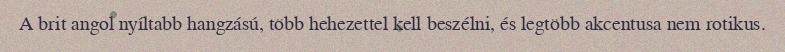
A brit angol nyíltabb hangzású, több hehezettel kell beszélni, és legtöbb akcentusa nem rotikus.